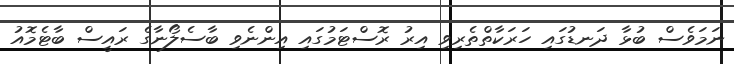
ނަމަވެސް ބުޅާ ދަނޑުގައި ހަރަކާތްތެރިވި އިރު ރޮސްޓަމުގައި އިންނެވި ބާސެލޯނާގެ ރައީސް ބާޓެމޮއު